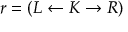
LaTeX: r = ( L \leftarrow K \rightarrow R )